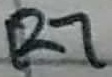
Text: R7